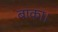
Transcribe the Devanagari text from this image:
बाका।